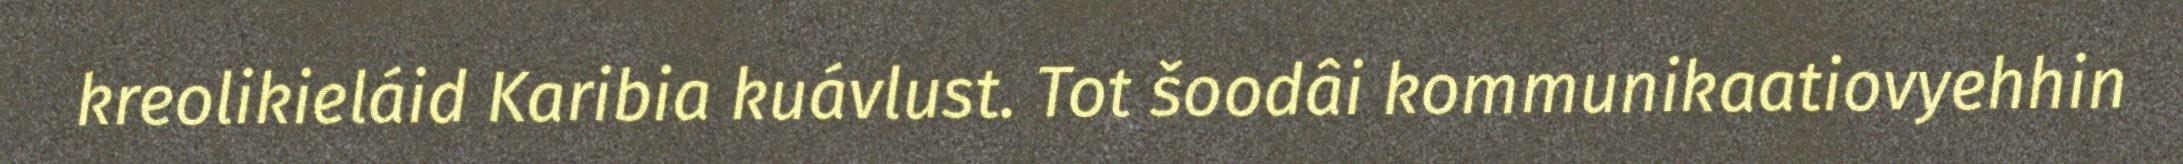
kreolikieláid Karibia kuávlust. Tot šoodâi kommunikaatiovyehhin